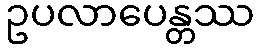
ဥပလာပေန္တဿ